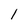
Character: 1